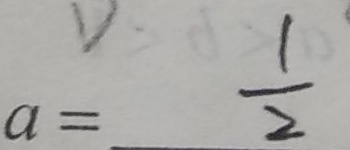
a = \frac { 1 } { 2 }